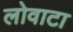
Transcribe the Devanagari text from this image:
लोवाटा